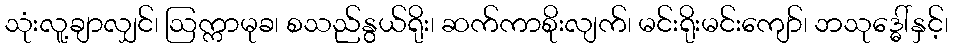
သုံးလူ့ချာလျှင်၊ ဩက္ကာမုခ၊ စသည်နွယ်ရိုး၊ ဆက်ကာစိုးလျက်၊ မင်းရိုးမင်းကျော်၊ ဘသုဒ္ဓေါ်နှင့်၊